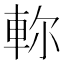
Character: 𨋎